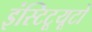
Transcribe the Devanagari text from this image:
इंस्टिटूयूटो